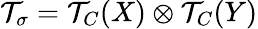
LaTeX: {\cal T}_{\sigma}={\cal T}_{C}(X)\otimes{\cal T}_{C}(Y)